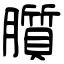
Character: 䑇